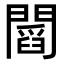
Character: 𨶒